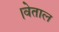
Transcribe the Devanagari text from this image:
।वेताल